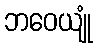
ဘဝေယျုံ